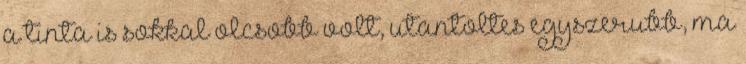
a tinta is sokkal olcsobb volt, utantoltes egyszerubb, ma